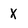
Character: X